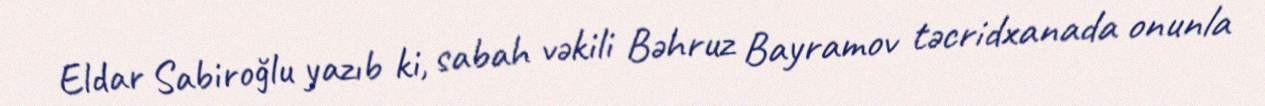
Eldar Sabiroğlu yazıb ki, sabah vəkili Bəhruz Bayramov təcridxanada onunla